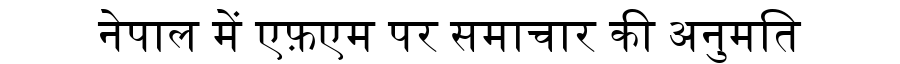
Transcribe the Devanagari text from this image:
नेपाल में एफ़एम पर समाचार की अनुमति